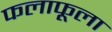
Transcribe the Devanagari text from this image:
फलाफूला